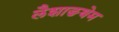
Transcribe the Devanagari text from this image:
लैशाङथेम